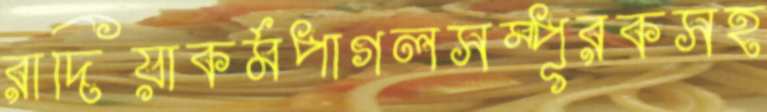
রাদিয়াকর্মপাগলসম্পূরকসহ